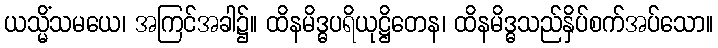
ယသ္မိံသမယေ၊ အကြင်အခါ၌။ ထိနမိဒ္ဓပရိယုဋ္ဌိတေန၊ ထိနမိဒ္ဓသည်နှိပ်စက်အပ်သော။